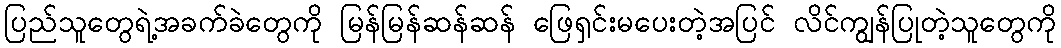
ပြည်သူတွေရဲ့အခက်ခဲတွေကို မြန်မြန်ဆန်ဆန် ဖြေရှင်းမပေးတဲ့အပြင် လိင်ကျွန်ပြုတဲ့သူတွေကို